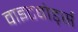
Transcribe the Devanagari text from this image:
वाइटबोर्ड्स